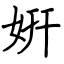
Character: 姸